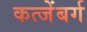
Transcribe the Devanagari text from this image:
कत्जेंबर्ग